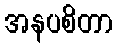
အနပစိတာ